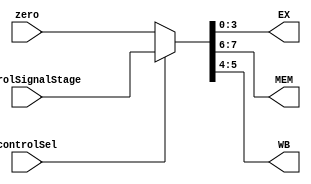
module Mux8bits(controlSignalStage, zero, controlSel, EX, MEM, WB);
  input [7:0] controlSignalStage, zero;
  input controlSel;
  output wire [1:0] MEM;
  output wire [1:0] WB;
  output wire [3:0] EX;
  assign {MEM,WB,EX} = controlSel ? controlSignalStage : zero;
endmodule